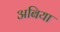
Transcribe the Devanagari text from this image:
अबिया